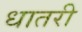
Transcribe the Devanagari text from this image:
धातरी